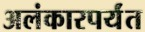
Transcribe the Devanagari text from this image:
अलंकारपर्यंत